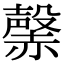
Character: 𧹷